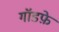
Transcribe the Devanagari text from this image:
गॉडफ़े